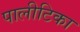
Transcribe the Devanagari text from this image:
पालीटिका